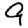
Digit: 9